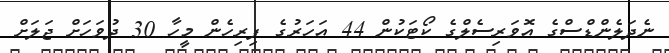
ނެދަލެންޑްސްގެ އޮވަރިސެލްގެ ކޯޓަކުން 44 އަހަރުގެ ފިރިހެން މީހާ 30 ދުވަހަށް ޖަލަށް